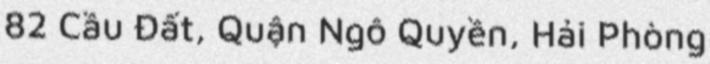
82 Cầu Đất, Quận Ngô Quyền, Hải Phòng